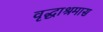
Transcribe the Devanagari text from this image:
वृद्धाश्रमास